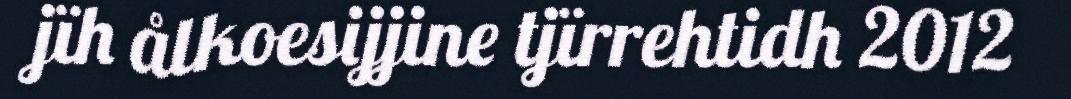
jïh ålkoesijjine tjïrrehtidh 2012